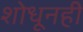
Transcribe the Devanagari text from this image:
शोधूनही